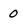
Character: 0